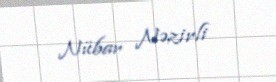
Nübar Nəzirli